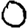
Digit: 0